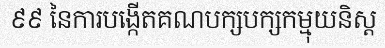
៩៩ នៃការបង្កើតគណបក្សបក្សកម្មុយនិស្ត